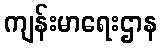
ကျန်းမာရေးဌာန